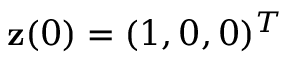
{ \bf z } ( 0 ) = ( 1 , 0 , 0 ) ^ { T }